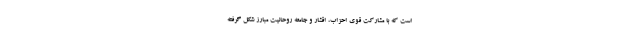
است که با مشارکت قوی احزاب، اقشار و جامعه روحانیت مبارز شکل گرفته